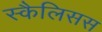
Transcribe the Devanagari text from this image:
स्कैलिसस